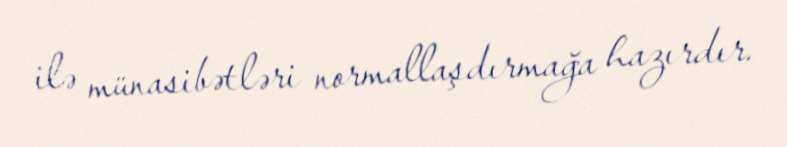
ilə münasibətləri normallaşdırmağa hazırdır.